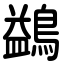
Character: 鷁